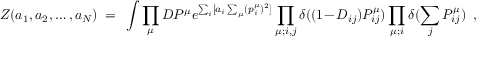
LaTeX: { \cal Z } ( a _ { 1 } , a _ { 2 } , \dots , a _ { N } ) ~ = ~ \int \prod _ { \mu } { \cal D } P ^ { \mu } e ^ { \sum _ { i } [ a _ { i } \sum _ { \mu } ( p _ { i } ^ { \mu } ) ^ { 2 } ] } \prod _ { \mu ; i , j } \delta ( ( 1 - D _ { i j } ) P _ { i j } ^ { \mu } ) \prod _ { \mu ; i } \delta ( \sum _ { j } P _ { i j } ^ { \mu } ) ~ ~ ,